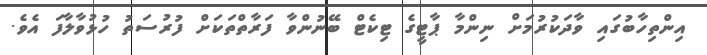
އިންތިހާބުގައި ވާދަކުރުމަށް ނިންމާ ޕާޓީގެ ޓިކެޓް ބޭނުންވާ ފަރާތްތަކަށް ފުރުސަތު ހުޅުވާލާފަ އެވެ.